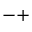
- +